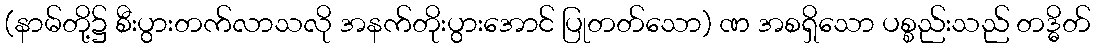
(နာမ်တို့၌ စီးပွားတက်လာသလို အနက်တိုးပွားအောင် ပြုတတ်သော) ဏ အစရှိသော ပစ္စည်းသည် တဒ္ဓိတ်